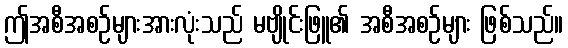
ဤအစီအစဉ်များအားလုံးသည် မဗျိုင်းဖြူ၏ အစီအစဉ်များ ဖြစ်သည်။